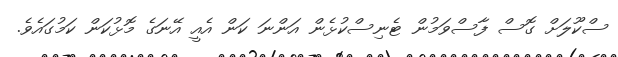
ސްކޫލަށް ގޮސް ފާސްވަމުން ޓެނިސްކުޅެން އަންނަ ކަން އެއީ އޭނަގެ މޮޅުކަން ކަމުގައެވެ.